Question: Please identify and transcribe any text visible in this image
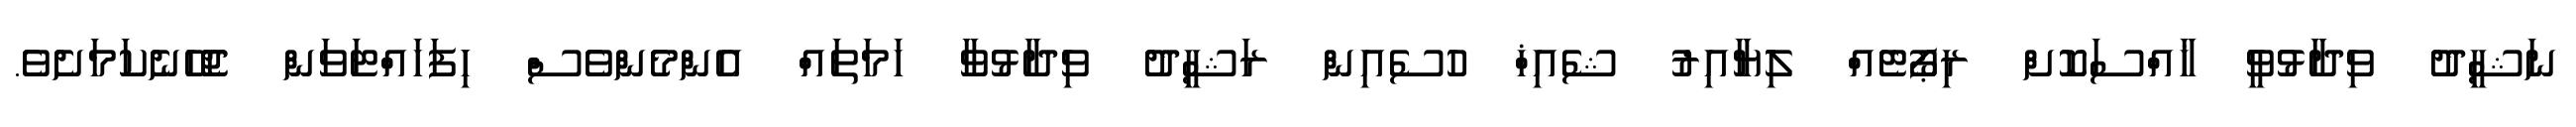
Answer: ނަޝީދު ވިދާޅުވީ ޚާއްސަކޮށް ރިޕޯޓެއް ލިޔާއިރު ޝެއިޚް ހުސެއިން ރަޝީދު ވިދާޅުވާ ހަމަތައް އެންމެންވެސް ހިފަހައްޓަވަން ޖެހޭނެކަމަށެވެ.